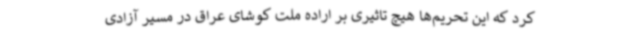
کرد که این تحریم‌ها هیچ تاثیری بر اراده ملت کوشای عراق در مسیر آزادی